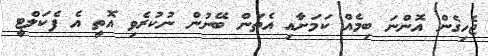
ޖެހިގެން އޮންނަ ބިމެއް ކަމަށާއި އެތަން ބޭނުން ނުކުރެވި އޮތީ އެ ފެކަލްޓީ